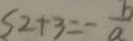
2 + 3 = - \frac { b } { a }